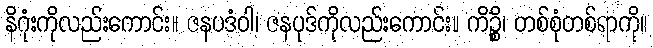
နိဂုံးကိုလည်းကောင်း။ ဇနပဒံဝါ၊ ဇနပုဒ်ကိုလည်းကောင်း။ ကိဉ္စိ၊ တစ်စုံတစ်ရာကို။